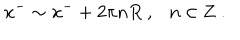
x ^ { - } \sim x ^ { - } + 2 \pi n R ~ , n \in { \bf Z } ~ .